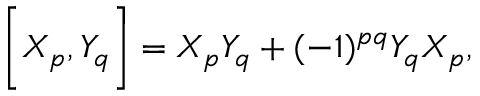
\biggl [ X _ { p } , Y _ { q } \biggr ] = X _ { p } Y _ { q } + ( - 1 ) ^ { p q } Y _ { q } X _ { p } ,